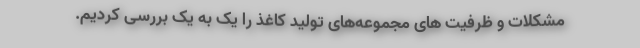
مشکلات و ظرفیت های مجموعه‌های تولید کاغذ را یک به یک بررسی کردیم.